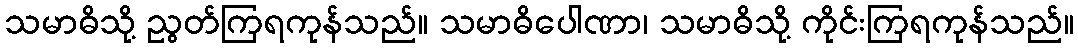
သမာဓိသို့ ညွတ်ကြရကုန်သည်။ သမာဓိပေါဏာ၊ သမာဓိသို့ ကိုင်းကြရကုန်သည်။